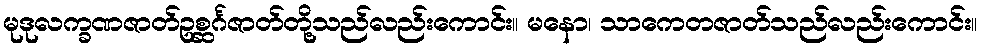
မုဒုလက္ခဏဇာတ်ဥစ္ဆင်္ဂဇာတ်တို့သည်လည်းကောင်း။ မနော၊ သာကေတဇာတ်သည်လည်းကောင်း။